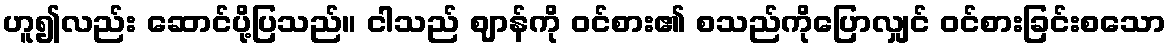
ဟူ၍လည်း ဆောင်ပို့ပြသည်။ ငါသည် ဈာန်ကို ဝင်စား၏ စသည်ကိုပြောလျှင် ဝင်စားခြင်းစသော